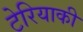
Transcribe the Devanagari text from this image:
टेरियाकी